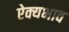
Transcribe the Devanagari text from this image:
ऐक्यभाव